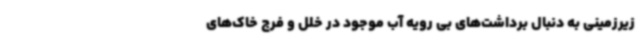
زیرزمینی به دنبال برداشت‌های بی رویه آب موجود در خلل و فرج خاک‌های